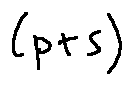
[ p + s ]